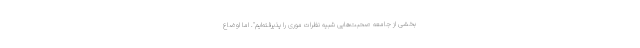
بخشی از جامعه صحبت‌هایی شبیه نظرات موری را پذیرفته‌ایم". اما اوضاع